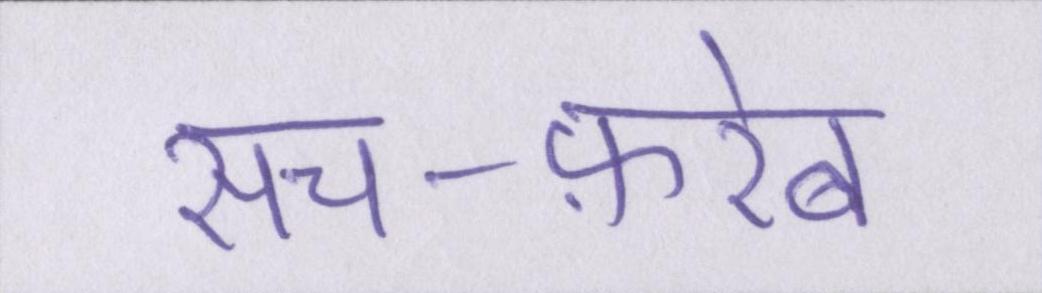
सच-फ़रेब